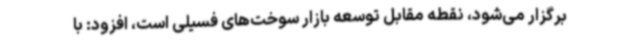
برگزار می‌شود، نقطه مقابل توسعه بازار سوخت‌های فسیلی است، افزود: با